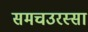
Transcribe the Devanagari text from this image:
समचउरस्सा